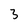
Character: 3